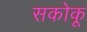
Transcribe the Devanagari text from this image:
सकोकू